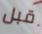
قبل